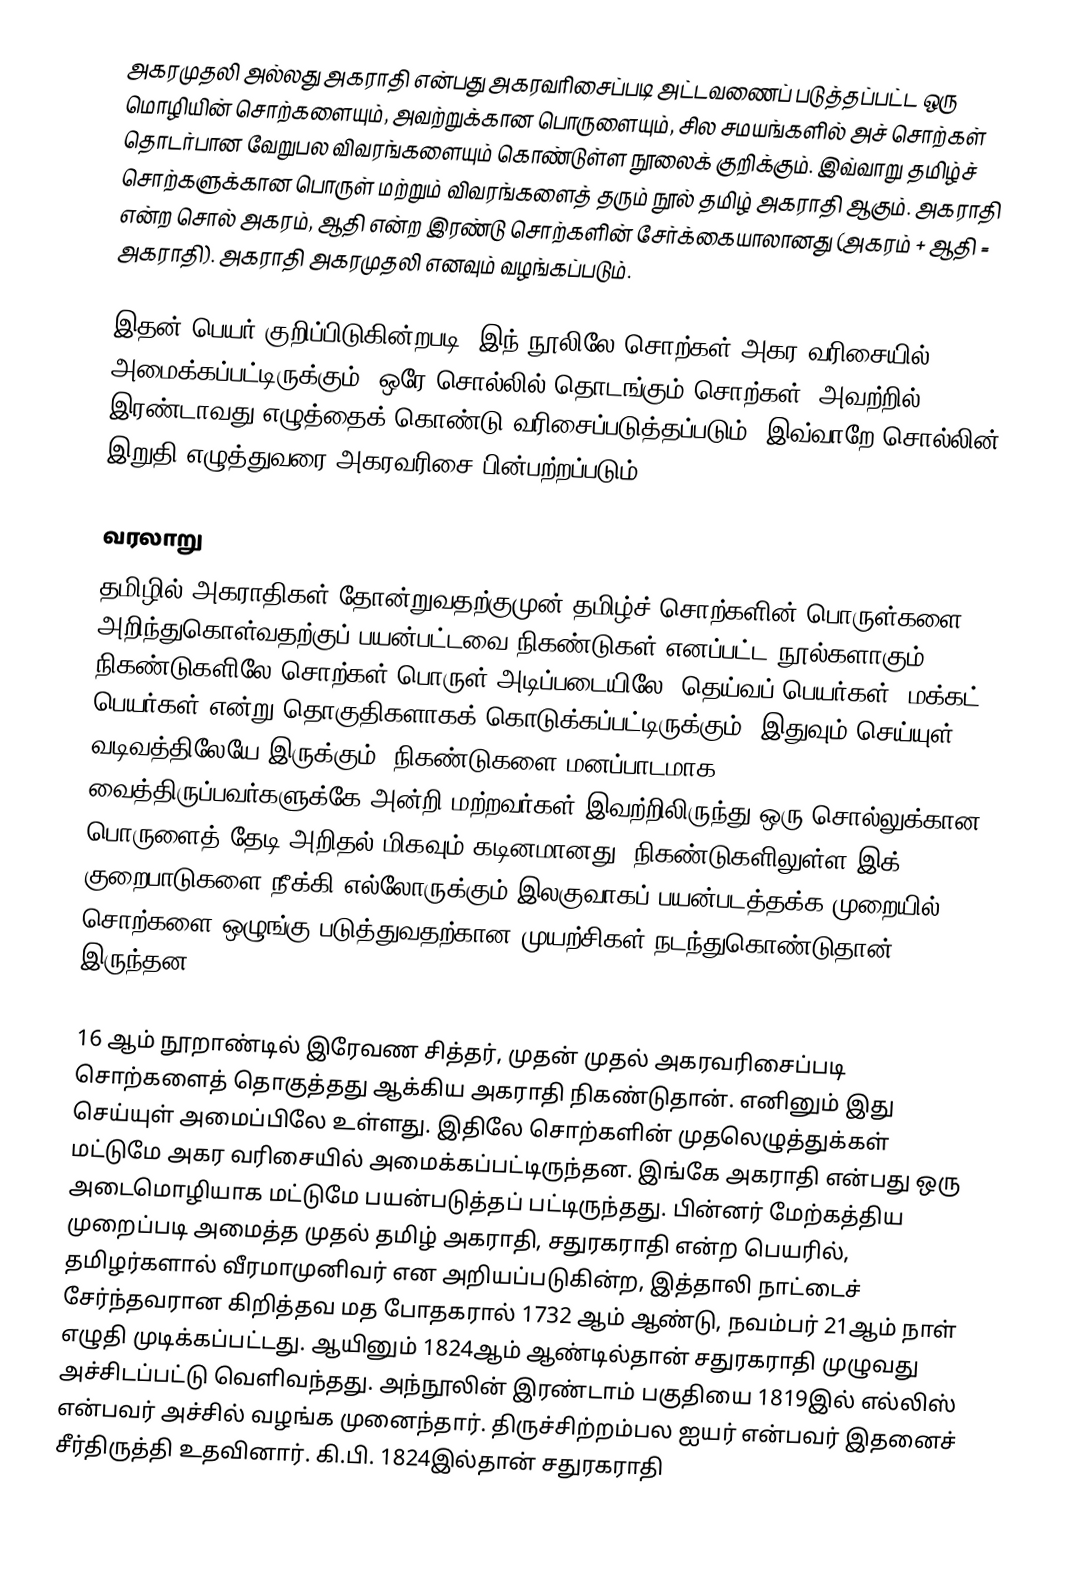
அகரமுதலி அல்லது அகராதி என்பது அகரவரிசைப்படி அட்டவணைப் படுத்தப்பட்ட ஒரு மொழியின் சொற்களையும், அவற்றுக்கான பொருளையும், சில சமயங்களில் அச் சொற்கள் தொடர்பான வேறுபல விவரங்களையும் கொண்டுள்ள நூலைக் குறிக்கும்.  இவ்வாறு தமிழ்ச் சொற்களுக்கான பொருள் மற்றும் விவரங்களைத் தரும் நூல் தமிழ் அகராதி ஆகும். அகராதி என்ற சொல் அகரம், ஆதி என்ற இரண்டு சொற்களின் சேர்க்கையாலானது  (அகரம் + ஆதி = அகராதி). அகராதி அகரமுதலி எனவும் வழங்கப்படும்.

இதன் பெயர் குறிப்பிடுகின்றபடி, இந் நூலிலே சொற்கள் அகர வரிசையில் அமைக்கப்பட்டிருக்கும், ஒரே சொல்லில் தொடங்கும் சொற்கள், அவற்றில் இரண்டாவது எழுத்தைக் கொண்டு வரிசைப்படுத்தப்படும். இவ்வாறே சொல்லின் இறுதி எழுத்துவரை அகரவரிசை பின்பற்றப்படும்.

வரலாறு
தமிழில் அகராதிகள் தோன்றுவதற்குமுன் தமிழ்ச் சொற்களின் பொருள்களை அறிந்துகொள்வதற்குப் பயன்பட்டவை நிகண்டுகள் எனப்பட்ட நூல்களாகும். நிகண்டுகளிலே சொற்கள் பொருள் அடிப்படையிலே, தெய்வப் பெயர்கள், மக்கட் பெயர்கள் என்று தொகுதிகளாகக் கொடுக்கப்பட்டிருக்கும். இதுவும் செய்யுள் வடிவத்திலேயே இருக்கும். நிகண்டுகளை மனப்பாடமாக வைத்திருப்பவர்களுக்கே அன்றி மற்றவர்கள் இவற்றிலிருந்து ஒரு சொல்லுக்கான பொருளைத் தேடி அறிதல் மிகவும் கடினமானது. நிகண்டுகளிலுள்ள இக் குறைபாடுகளை நீக்கி எல்லோருக்கும் இலகுவாகப் பயன்படத்தக்க முறையில் சொற்களை ஒழுங்கு படுத்துவதற்கான முயற்சிகள் நடந்துகொண்டுதான் இருந்தன.

16 ஆம் நூறாண்டில் இரேவண சித்தர், முதன் முதல் அகரவரிசைப்படி சொற்களைத் தொகுத்தது ஆக்கிய அகராதி நிகண்டுதான். எனினும் இது செய்யுள் அமைப்பிலே உள்ளது. இதிலே சொற்களின் முதலெழுத்துக்கள் மட்டுமே அகர வரிசையில் அமைக்கப்பட்டிருந்தன. இங்கே அகராதி என்பது ஒரு அடைமொழியாக மட்டுமே பயன்படுத்தப் பட்டிருந்தது. பின்னர் மேற்கத்திய முறைப்படி அமைத்த முதல் தமிழ் அகராதி, சதுரகராதி என்ற பெயரில், தமிழர்களால் வீரமாமுனிவர் என அறியப்படுகின்ற, இத்தாலி நாட்டைச் சேர்ந்தவரான கிறித்தவ மத போதகரால் 1732 ஆம் ஆண்டு, நவம்பர் 21ஆம் நாள் எழுதி முடிக்கப்பட்டது. ஆயினும் 1824ஆம் ஆண்டில்தான் சதுரகராதி முழுவது அச்சிடப்பட்டு வெளிவந்தது. அந்நூலின் இரண்டாம் பகுதியை 1819இல் எல்லிஸ் என்பவர் அச்சில் வழங்க முனைந்தார். திருச்சிற்றம்பல ஐயர் என்பவர் இதனைச் சீர்திருத்தி உதவினார். கி.பி. 1824இல்தான் சதுரகராதி